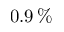
0 . 9 \, \%